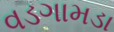
વડગામડા